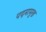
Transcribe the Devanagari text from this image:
पदमामुख